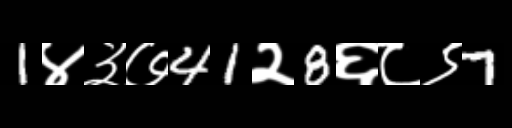
Text: 1४३७41२8६८९7